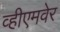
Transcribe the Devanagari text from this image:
व्हीएमवेर